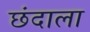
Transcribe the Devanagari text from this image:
छंदाला